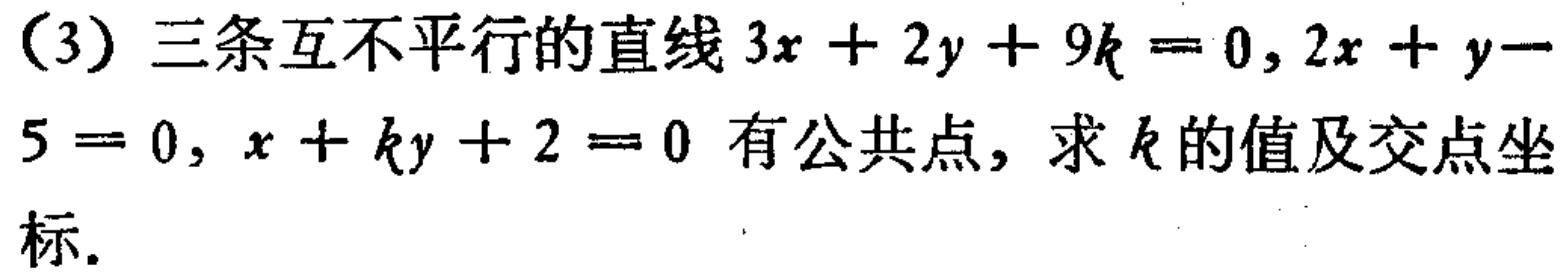
(3) 三条互不平行的直线\(3x + 2y + 9k = 0\), \(2x + y - 5 = 0\), \(x + ky + 2 = 0\) 有公共点，求 \(k\) 的值及交点坐标.